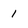
Character: 1